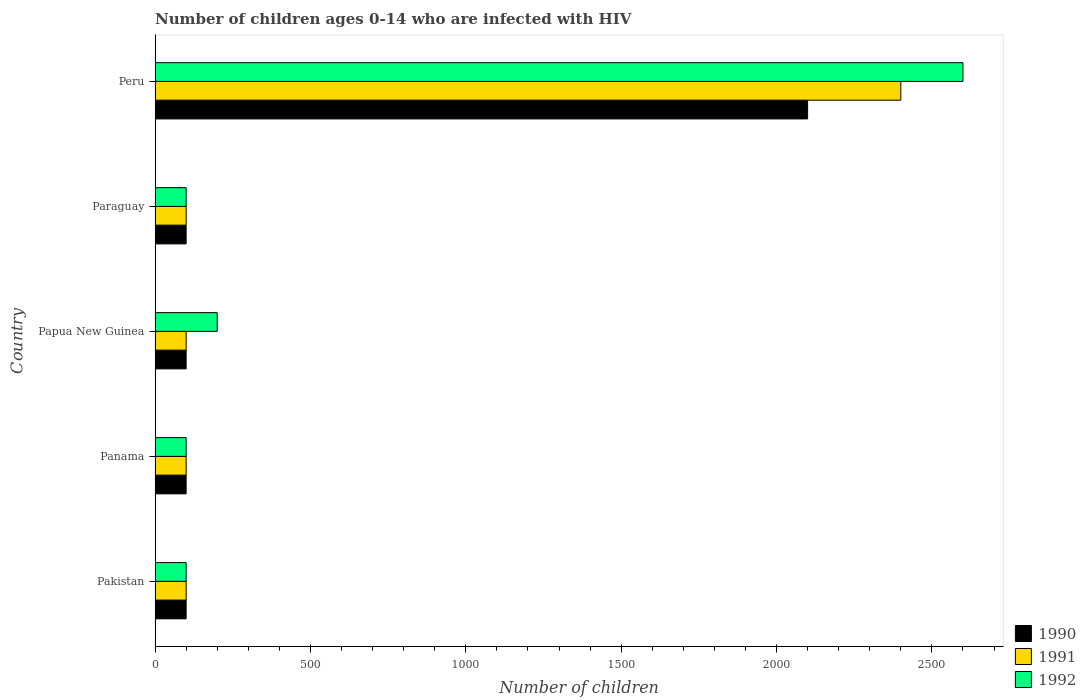
| Country | 1990 | 1991 | 1992 |
 | --- | --- | --- | --- |
 | Pakistan | 100 | 100 | 100 |
 | Panama | 100 | 100 | 100 |
 | Papua New Guinea | 100 | 100 | 200 |
 | Paraguay | 100 | 100 | 100 |
 | Peru | 2.1e+03 | 2.4e+03 | 2.6e+03 |